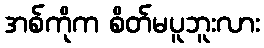
အစ်ကိုက စိတ်မပူဘူးလား